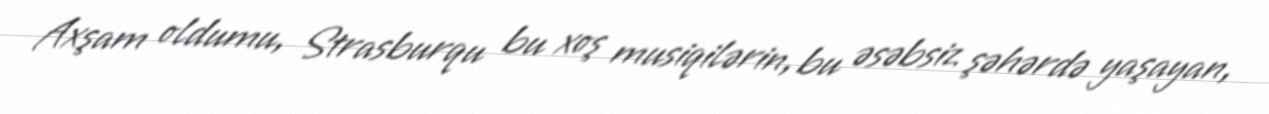
Axşam oldumu, Strasburqu bu xoş musiqilərin, bu əsəbsiz şəhərdə yaşayan,